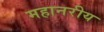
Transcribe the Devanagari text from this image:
महानरीय